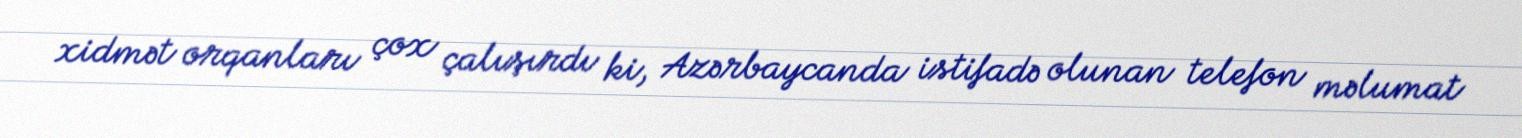
xidmət orqanları çox çalışırdı ki, Azərbaycanda istifadə olunan telefon məlumat